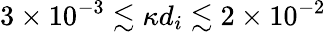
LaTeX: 3\times 10^{-3}\lesssim\kappa d_{i}\lesssim 2\times 10^{-2}